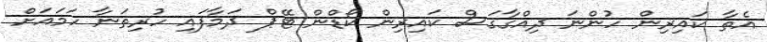
އެތާ ކައިރިން ހުންނަ ދިއްގާގަސް ކައިރިން ކޯޑްން ޓޭޕް ދަމާފައި ހުރިތަނާ ހަމައަށް